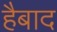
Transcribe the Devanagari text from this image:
हैबाद